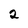
Character: 2